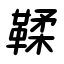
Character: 鞣